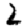
Digit: 2